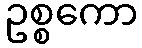
ဥစ္စကော